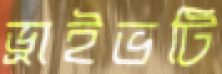
ড্রাইভটি